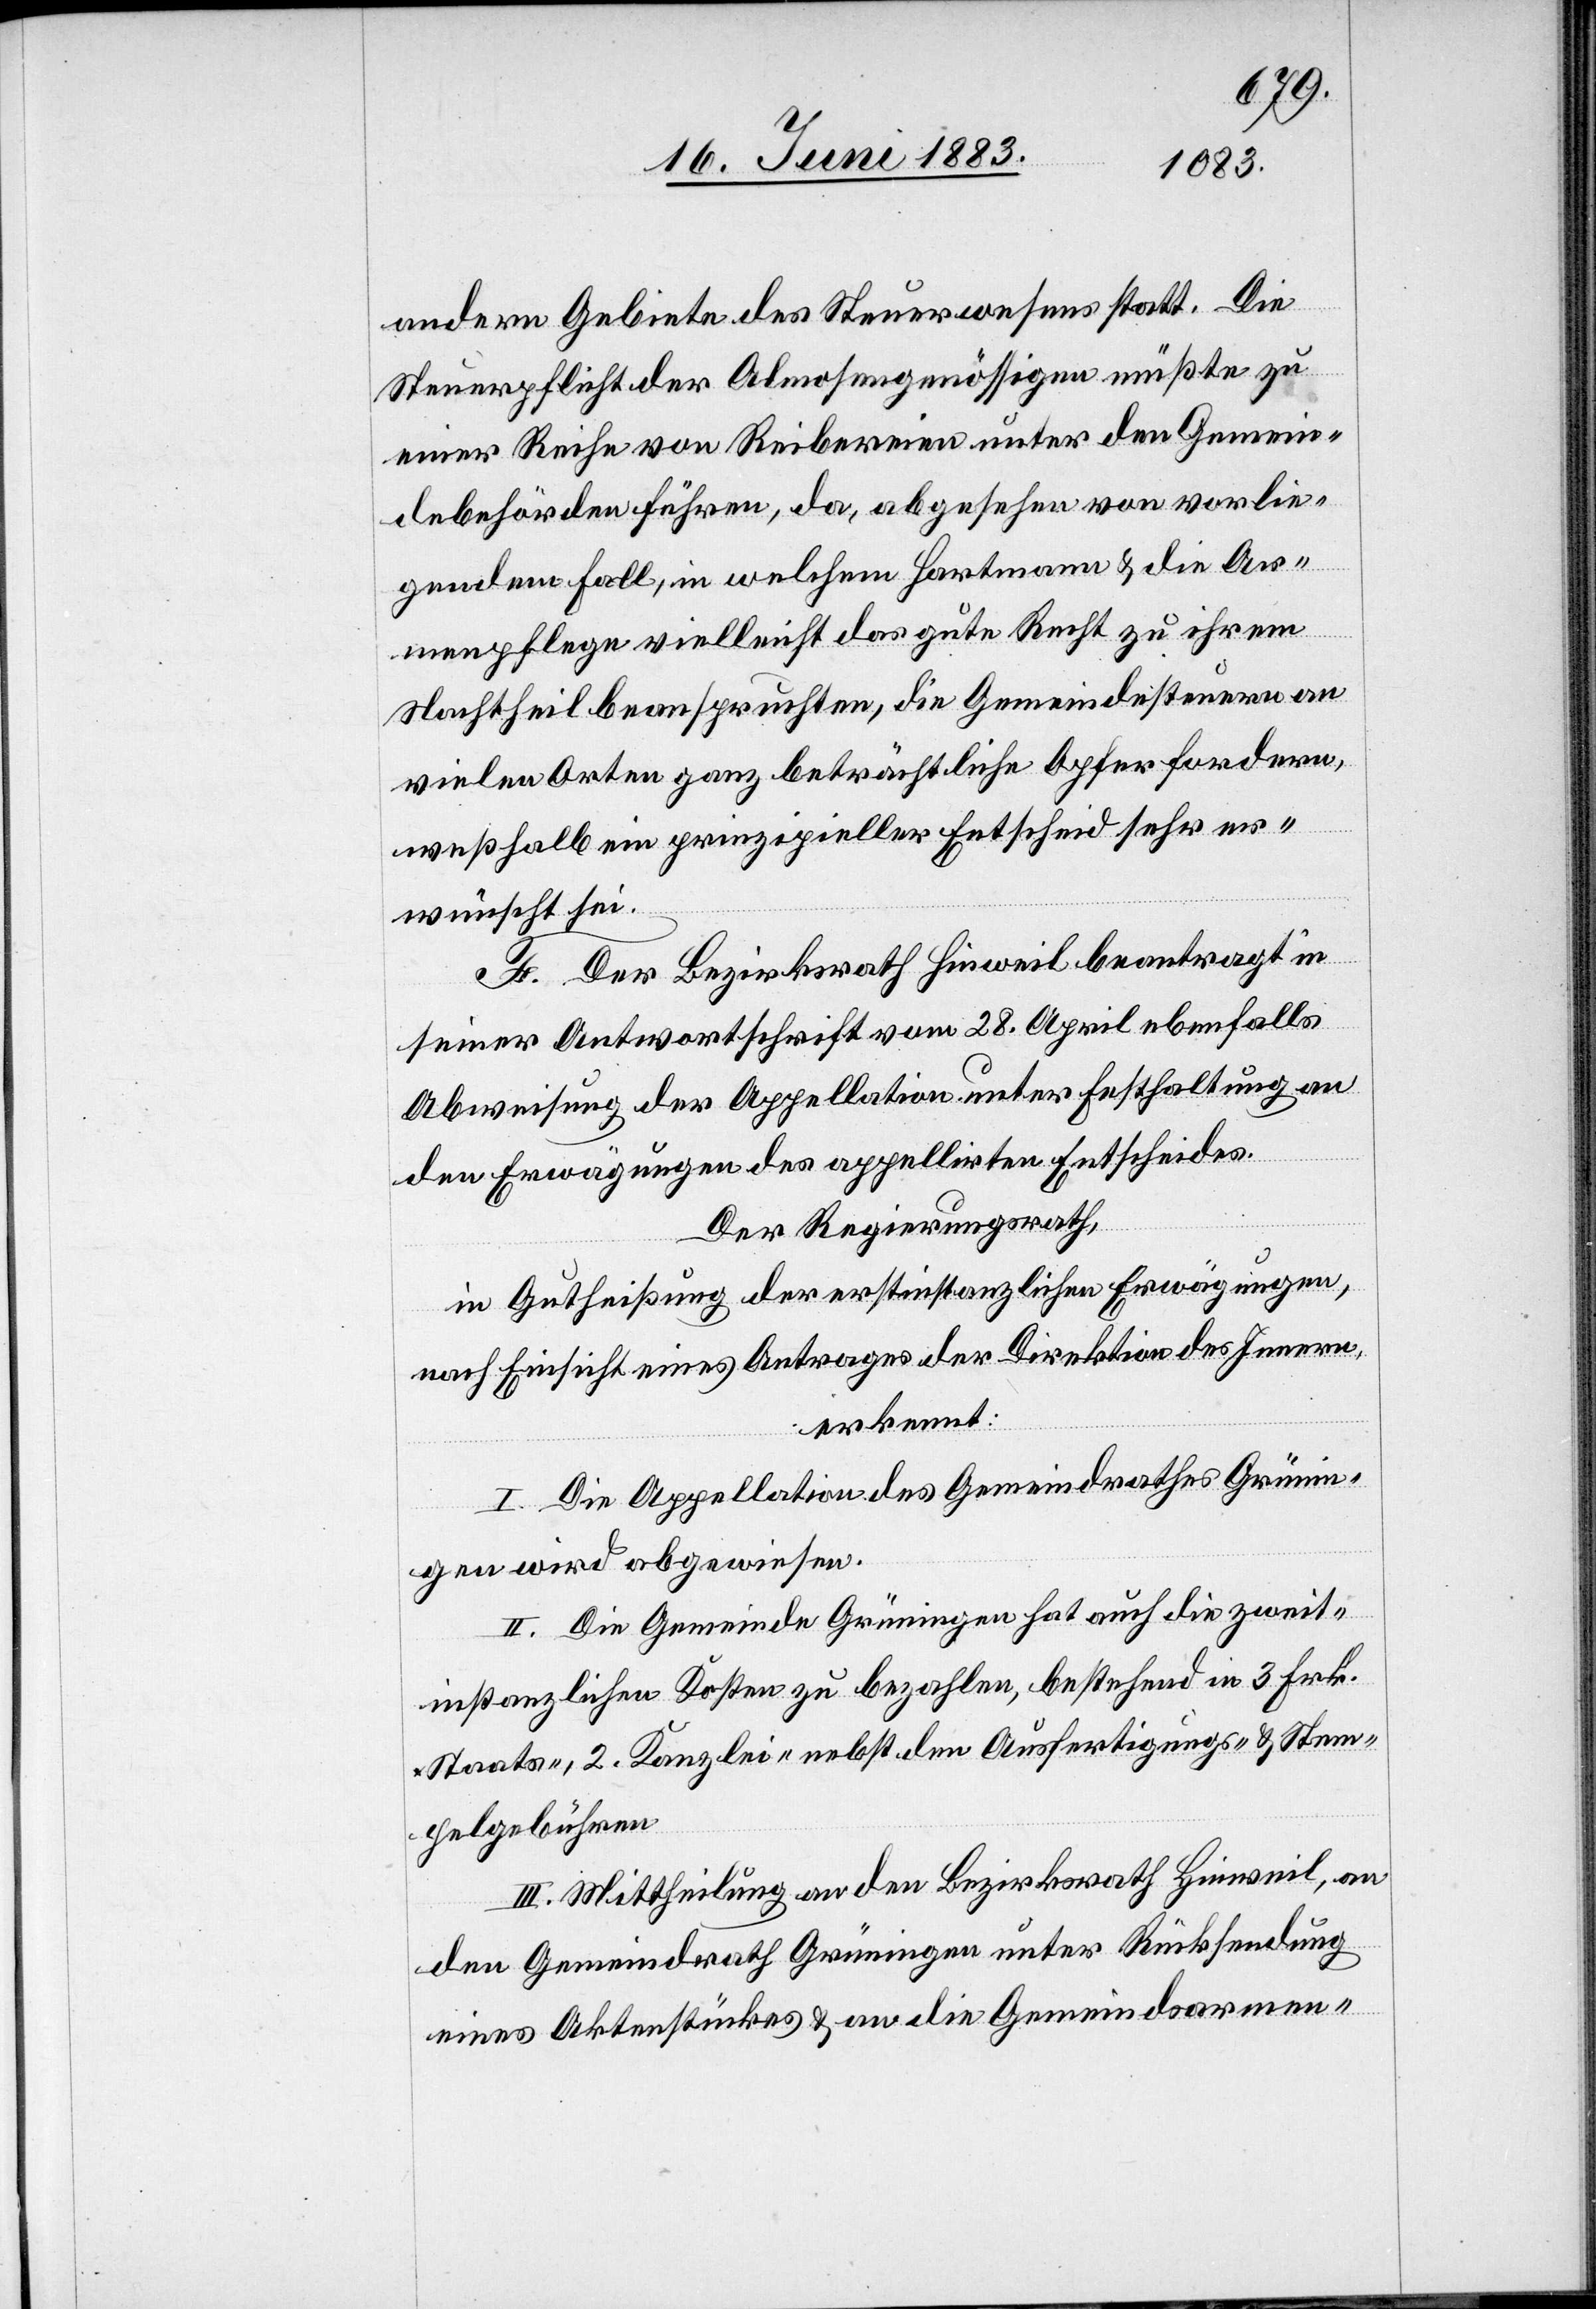
andern Gebiete des Steuerwesens statt. Die
Steuerpflicht der Almosengenössigen müßte zu
einer Reihe von Reibereien unter den Gemein¬
debehörden führen, da, abgesehen von vorlie¬
gendem Fall, in welchem Hartmann & die Ar¬
menpflege vielleicht das gute Recht zu ihrem
Nachtheil beanspruchten, die Gemeindesteuern an
vielen Orten ganz beträchtliche Opfer fordern,
weßhalb ein prinzipieller Entscheid sehr er¬
wünscht sei.
F. Der Bezirksrath Hinweil beantragt in
seiner Antwortschrift vom 28. April ebenfalls
Abweisung der Appellation unter Festhaltung an
den Erwägungen des appellirten Entscheides.
Der Regierungsrath,
in Gutheißung der erstinstanzlichen Erwägungen,
nach Einsicht eines Antrages der Direktion des Innern,
erkennt:
I. Die Appellation des Gemeindrathes Grünin¬
gen wird abgewiesen.
II. Die Gemeinde Grüningen hat auch die zweit¬
instanzlichen Kosten zu bezahlen, bestehend in 3 Frk.
Staats-, 2 Kanzlei- nebst den Ausfertigungs- und Stem¬
pelgebühren.
III. Mittheilung an den Bezirksrath Hinweil, an
den Gemeindrath Grüningen unter Rücksendung
eines Aktenstückes & an die Gemeindsarmen-